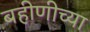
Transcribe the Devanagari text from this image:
बहीणीच्या